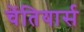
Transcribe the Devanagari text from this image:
चेंतियार्स